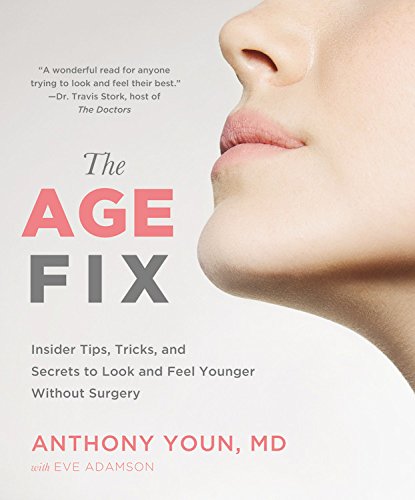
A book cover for The Age Fix: Insider Tips, Tricks, and Secrets to Look and Feel Younger Without Surgery; Anthony Youn; Health, Fitness & Dieting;